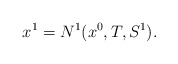
\begin{align*} x^1 = N^1(x^0,T,S^1).\end{align*}